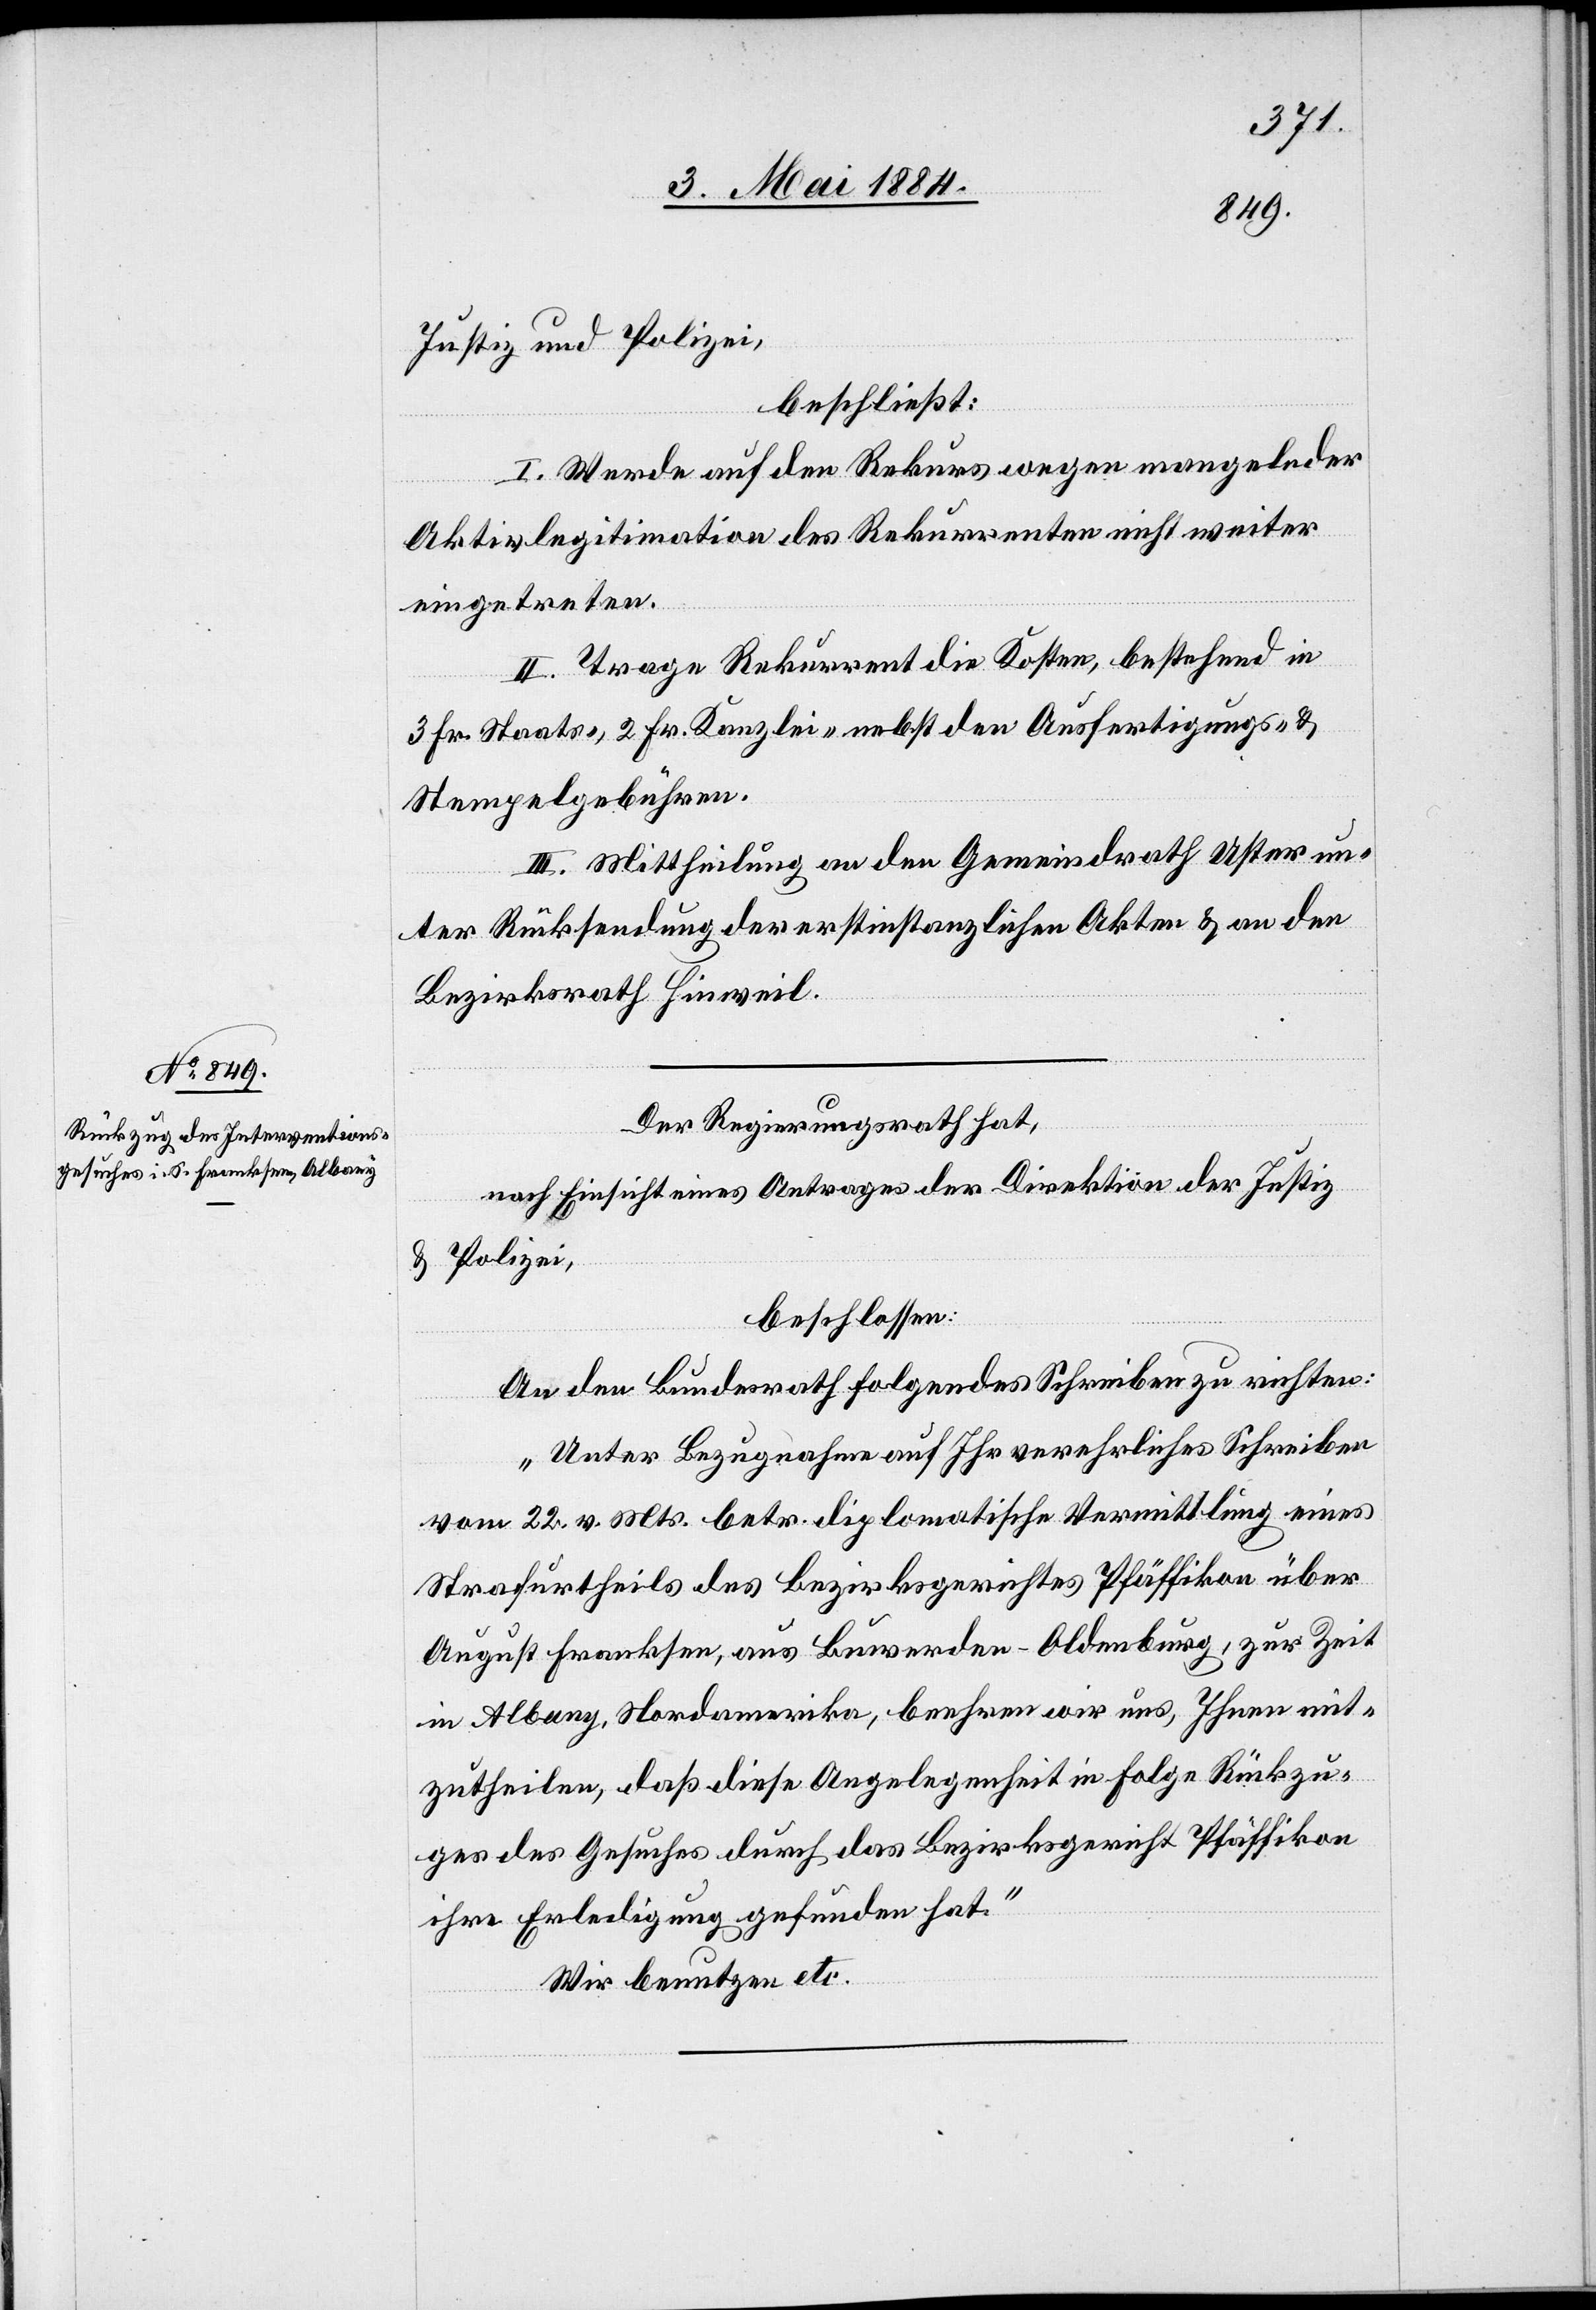
Justiz und Polizei,
beschließt:
I. Werde auf den Rekurs wegen mangelnder
Aktivlegitimation des Rekurrenten nicht weiter
eingetreten.
II. Trage Rekurrent die Kosten, bestehend in
3 Fr. Staats-, 2 Fr. Kanzlei- nebst den Ausfertigungs- &
Stempelgebühren.
III. Mittheilung an den Gemeindrath Uster un¬
ter Rücksendung der erstinstanzlichen Akten & an den
Bezirksrath Hinweil.
Der Regierungsrath hat,
nach Einsicht eines Antrages der Direktion der Justiz
& Polizei,
beschlossen:
An den Bundesrath folgendes Schreiben zu richten:
„Unter Bezugnahme auf Ihr verehrliches Schreiben
vom 22. v. Mts. betr. diplomatischer Vermittlung eines
Strafurtheils des Bezirksgerichtes Pfäffikon über
August Franksen, aus Buwerden - Oldenburg, zur Zeit
in Albany, Nordamerika, beehren wir uns, Ihnen mit¬
zutheilen, daß diese Angelegenheit in Folge Rückzu¬
ges des Gesuches durch das Bezirksgericht Pfäffikon
ihre Erledigung gefunden hat.“
Wir benutzen etc.